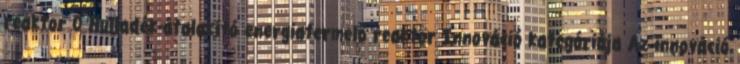
reaktor 0 Hulladék-átalakító energiatermelő reaktor Innováció kategóriája Az innováció